Epidemic dropsy in Calcutta - Number 49
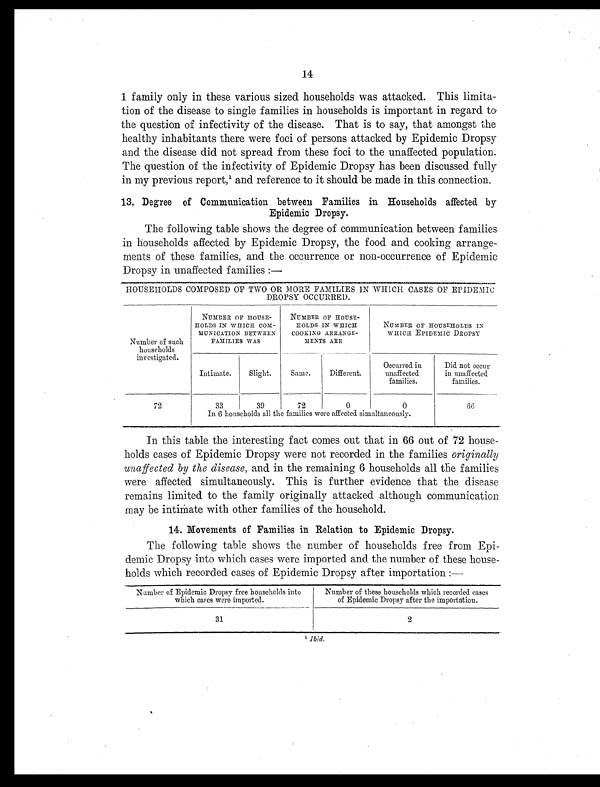
14
1 family only in these various sized households was attacked. This limita-
tion of the disease to single families in households is important in regard to
the question of infectivity of the disease. That is to say, that amongst the
healthy inhabitants there were foci of persons attacked by Epidemic Dropsy
and the disease did not spread from these foci to the unaffected population.
The question of the infectivity of Epidemic Dropsy has been discussed fully
in my previous report,¹ and reference to it should be made in this connection.
13. Degree of Communication between Families in Households affected by
Epidemic Dropsy.
The following table shows the degree of communication between families
in households affected by Epidemic Dropsy, the food and cooking arrange-
ments of these families, and the occurrence or non-occurrence of Epidemic
Dropsy in unaffected families :—
HOUSEHOLDS COMPOSED OF TWO OR MORE FAMILIES IN WHICH CASES OF EPIDEMIC
DROPSY OCCURRED.
Number of such
households
investigated.
NUMBER OF HOUSE-
HOLDS IN WHICH COM-
MUNICATION BETWEEN
FAMILIES WAS
NUMBER OF HOUSE-
HOLDS IN WHICH
COOKING ARRANGE-
MEETS ARE
NUMBER OF HOUSEHOLDS IN
WHICH EPIDEMIC DROPSY
Intimate.
Slight.
Same.
Different.
Occurred in
unaffected
families.
Did not occur
in unaffected
families.
72
3 3
39
72
0
0
66
In 6 households all the families were affected simultaneously.
In this table the interesting fact comes out that in 66 out of 72 house-
holds cases of Epidemic Dropsy were not recorded in the families originally
unaffected by the disease, and in the remaining 6 households all the families
were affected simultaneously. This is further evidence that the disease
remains limited to the family originally attacked although communication
may be intimate with other families of the household.
14. Movements of Families in Relation to Epidemic Dropsy.
The following table shows the number of households free from Epi-
demic Dropsy into which cases were imported and. the number of these house-
holds which recorded cases of Epidemic Dropsy after importation :—
Number of Epidemic Dropsy free households into
which cases were imported.
Number of these households which recorded cases
of Epidemic Dropsy after the importation.
3 1
2
¹ Ibid.